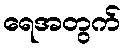
ရေအတွက်